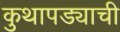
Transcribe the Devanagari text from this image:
कुथापड्याची